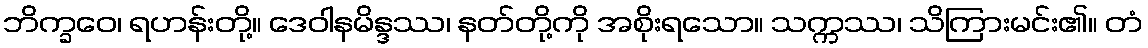
ဘိက္ခဝေ၊ ရဟန်းတို့။ ဒေဝါနမိန္ဒဿ၊ နတ်တို့ကို အစိုးရသော။ သက္ကဿ၊ သိကြားမင်း၏။ တံ